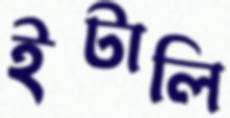
ইটালি